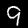
Digit: 9